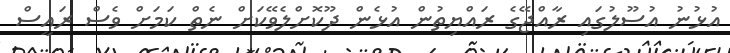
އުޅުނު އުސޫލުގައި ރާއްޖޭގެ ރައްޔިތުން އުޅެން ދޫކޮށްލެވޭކަށް ނެތް ކަމަށް ވެސް ރައީސް